Calcutta medical institutions reports 1879-81 [i.e.91]
Year: 1879
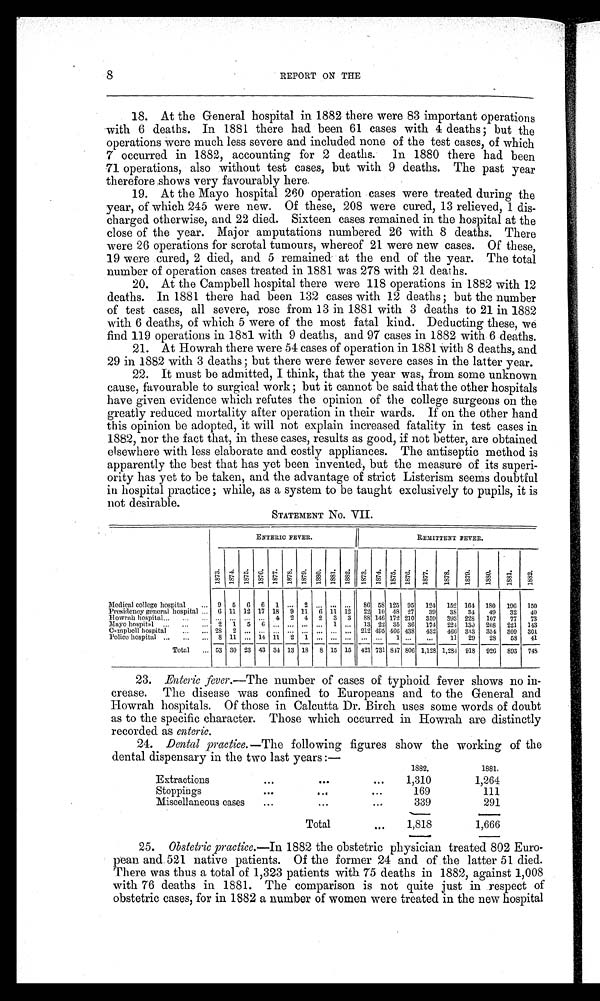
8
REPORT ON THE
18. At the General hospital in 1882 there were 83 important operations
with 6 deaths. In 1881 there had been 61 cases with 4 deaths ; but the
operations were much less severe and included none of the test cases, of which
7 occurred in 1882, accounting for 2 deaths. In 1880 there had been
71 operations, also without test cases, but with 9 deaths. The past year
therefore shows very favourably here.
19. At the Mayo hospital 260 operation cases were treated during the
year, of which 245 were new. Of these, 208 were cured, 13 relieved, 1 dis
charged otherwise, and 22 died. Sixteen cases remained in the hospital at the
close of the year. Major amputations numbered 26 with 8 deaths. There
were 26 operations for scrotal tumours, whereof 21 were new cases. Of these,
19 were cured, 2 died, and 5 remained at the end of the year. The total
number of operation cases treated in 1881 was 278 with 21 deaths.
20. At the Campbell hospital there were 118 operations in 1882 with 12
deaths. In 1881 there had been 132 cases with 12 deaths ; but the number
of test cases, all severe, rose from 13 in 1881 with 3 deaths to 21 in 1882
with 6 deaths, of which 5 were of the most fatal kind. Deducting these, we
find 119 operations in 1881 with 9 deaths, and 97 cases in 1882 with 6 deaths.
21. At Howrah there were 54 cases of operation in 1881 with 8 deaths, and
29 in 1882 with 3 deaths ; but there were fewer severe cases in the latter year.
22. It must be admitted, I think, that the year was, from some unknown
cause, favourable to surgical work ; but it cannot be said that the other hospitals
have given evidence which refutes the opinion of the college surgeons on the
greatly reduced mortality after operation in their wards. If on the other hand
this opinion be adopted, it will not explain increased fatality in test cases in
1882, nor the fact that, in these cases, results as good, if not better, are obtained
elsewhere with less elaborate and costly appliances. The antiseptic method is
apparently the best that has yet been invented, but the measure of its superi
ority has yet to be taken, and the advantage of strict Listerism seems doubtful
in hospital practice; while, as a system to be taught exclusively to pupils, it is not desirable.
STATEMENT NO. VII.
ENTERIC FEVER.
REMITTENT FEVER.
1873. 1874. 1875. 1876. 1877. 1878. 1879. 1880. 1881.
1882.
1873. 1874. 1875. 1876. 1877. 1878. 1879. 1880. 1881. 1882.
Medical college hospital
9 5 6 6 1
. . .
2 . . . . . . ... 86 58 125 95 124 152 164 180 196 150
Presidency general hospital
6 11 12 17 18 9 11 6 11 12 22 10 48 27 39 38 34 49 32 40
Howrah hospital
... ... ...
.
. . . 4 2 4 2 3 3
8 8 146 172 210 359 393 228 107 77 73
Mayo hospital
2
1 5 6 ... ... ... ... 1 ... 13 22 35 36 174 224 130 208 221 143
Campbell hospital
28 2 ... . . . ... ... . . . ... ... ... 212 495 466 438 432 466 333 354 309 301
Police hospital
8 11 ... 14 11
2 1 ... ... ... ... ... 1 ...
...
11 29 28 58 41
Total
53 30 23 43 34 13 18 8 15 15 421 731 847 806 1,128 1,284 918 926 893 748
23. Enteric fever. —The number of cases of typhoid fever shows no in
crease. The disease was confined to Europeans and to the General and
Howrah hospitals. Of those in Calcutta Dr. Birch uses some words of doubt
as to the specific character. Those which occurred in Howrah are distinctly
recorded as enteric.
24. Dental practice.— The following figures show the working of the
dental dispensary in the two last years :—
1882.
1881.
Extractions
...
...
...
1,310
1,264
Stoppings
...
...
...
169
111
Miscellaneous cases
...
...
...
339
291
Total
...
1,818
1,666
25.
Obstetric practice.—In 1882 the obstetric physician treated 802 Euro
pean and 521 native patients. Of the former 24 and of the latter 51 died.
There was thus a total of 1,323 patients with 75 deaths in 1882, against 1,008
with 76 deaths in 1881. The comparison is not quite just in respect of
obstetric cases, for in 1882 a number of women were treated in the new hospital